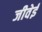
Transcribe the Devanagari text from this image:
जीवेई